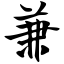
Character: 兼